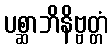
ပစ္ဆာဘိနိဗ္ဗတ္တံ